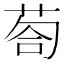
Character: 𱽯